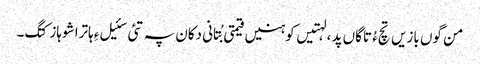
من گوں بازیں تچءُ تاگاں پد ، لہتیں کوہنیں قیمتی بُتانی دکان پہ تئی سئیل ءِ ہاترا شوہاز کتگ۔